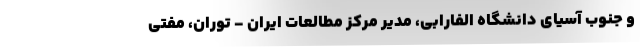
و جنوب آسیای دانشگاه الفارابی، مدیر مرکز مطالعات ایران - توران، مفتی